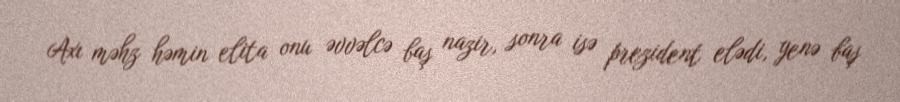
Axı məhz həmin elita onu əvvəlcə baş nazir, sonra isə prezident elədi, yenə baş